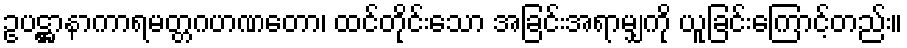
ဥပဋ္ဌာနာကာရမတ္တဂဟဏတော၊ ထင်တိုင်းသော အခြင်းအရာမျှကို ယူခြင်းကြောင့်တည်း။